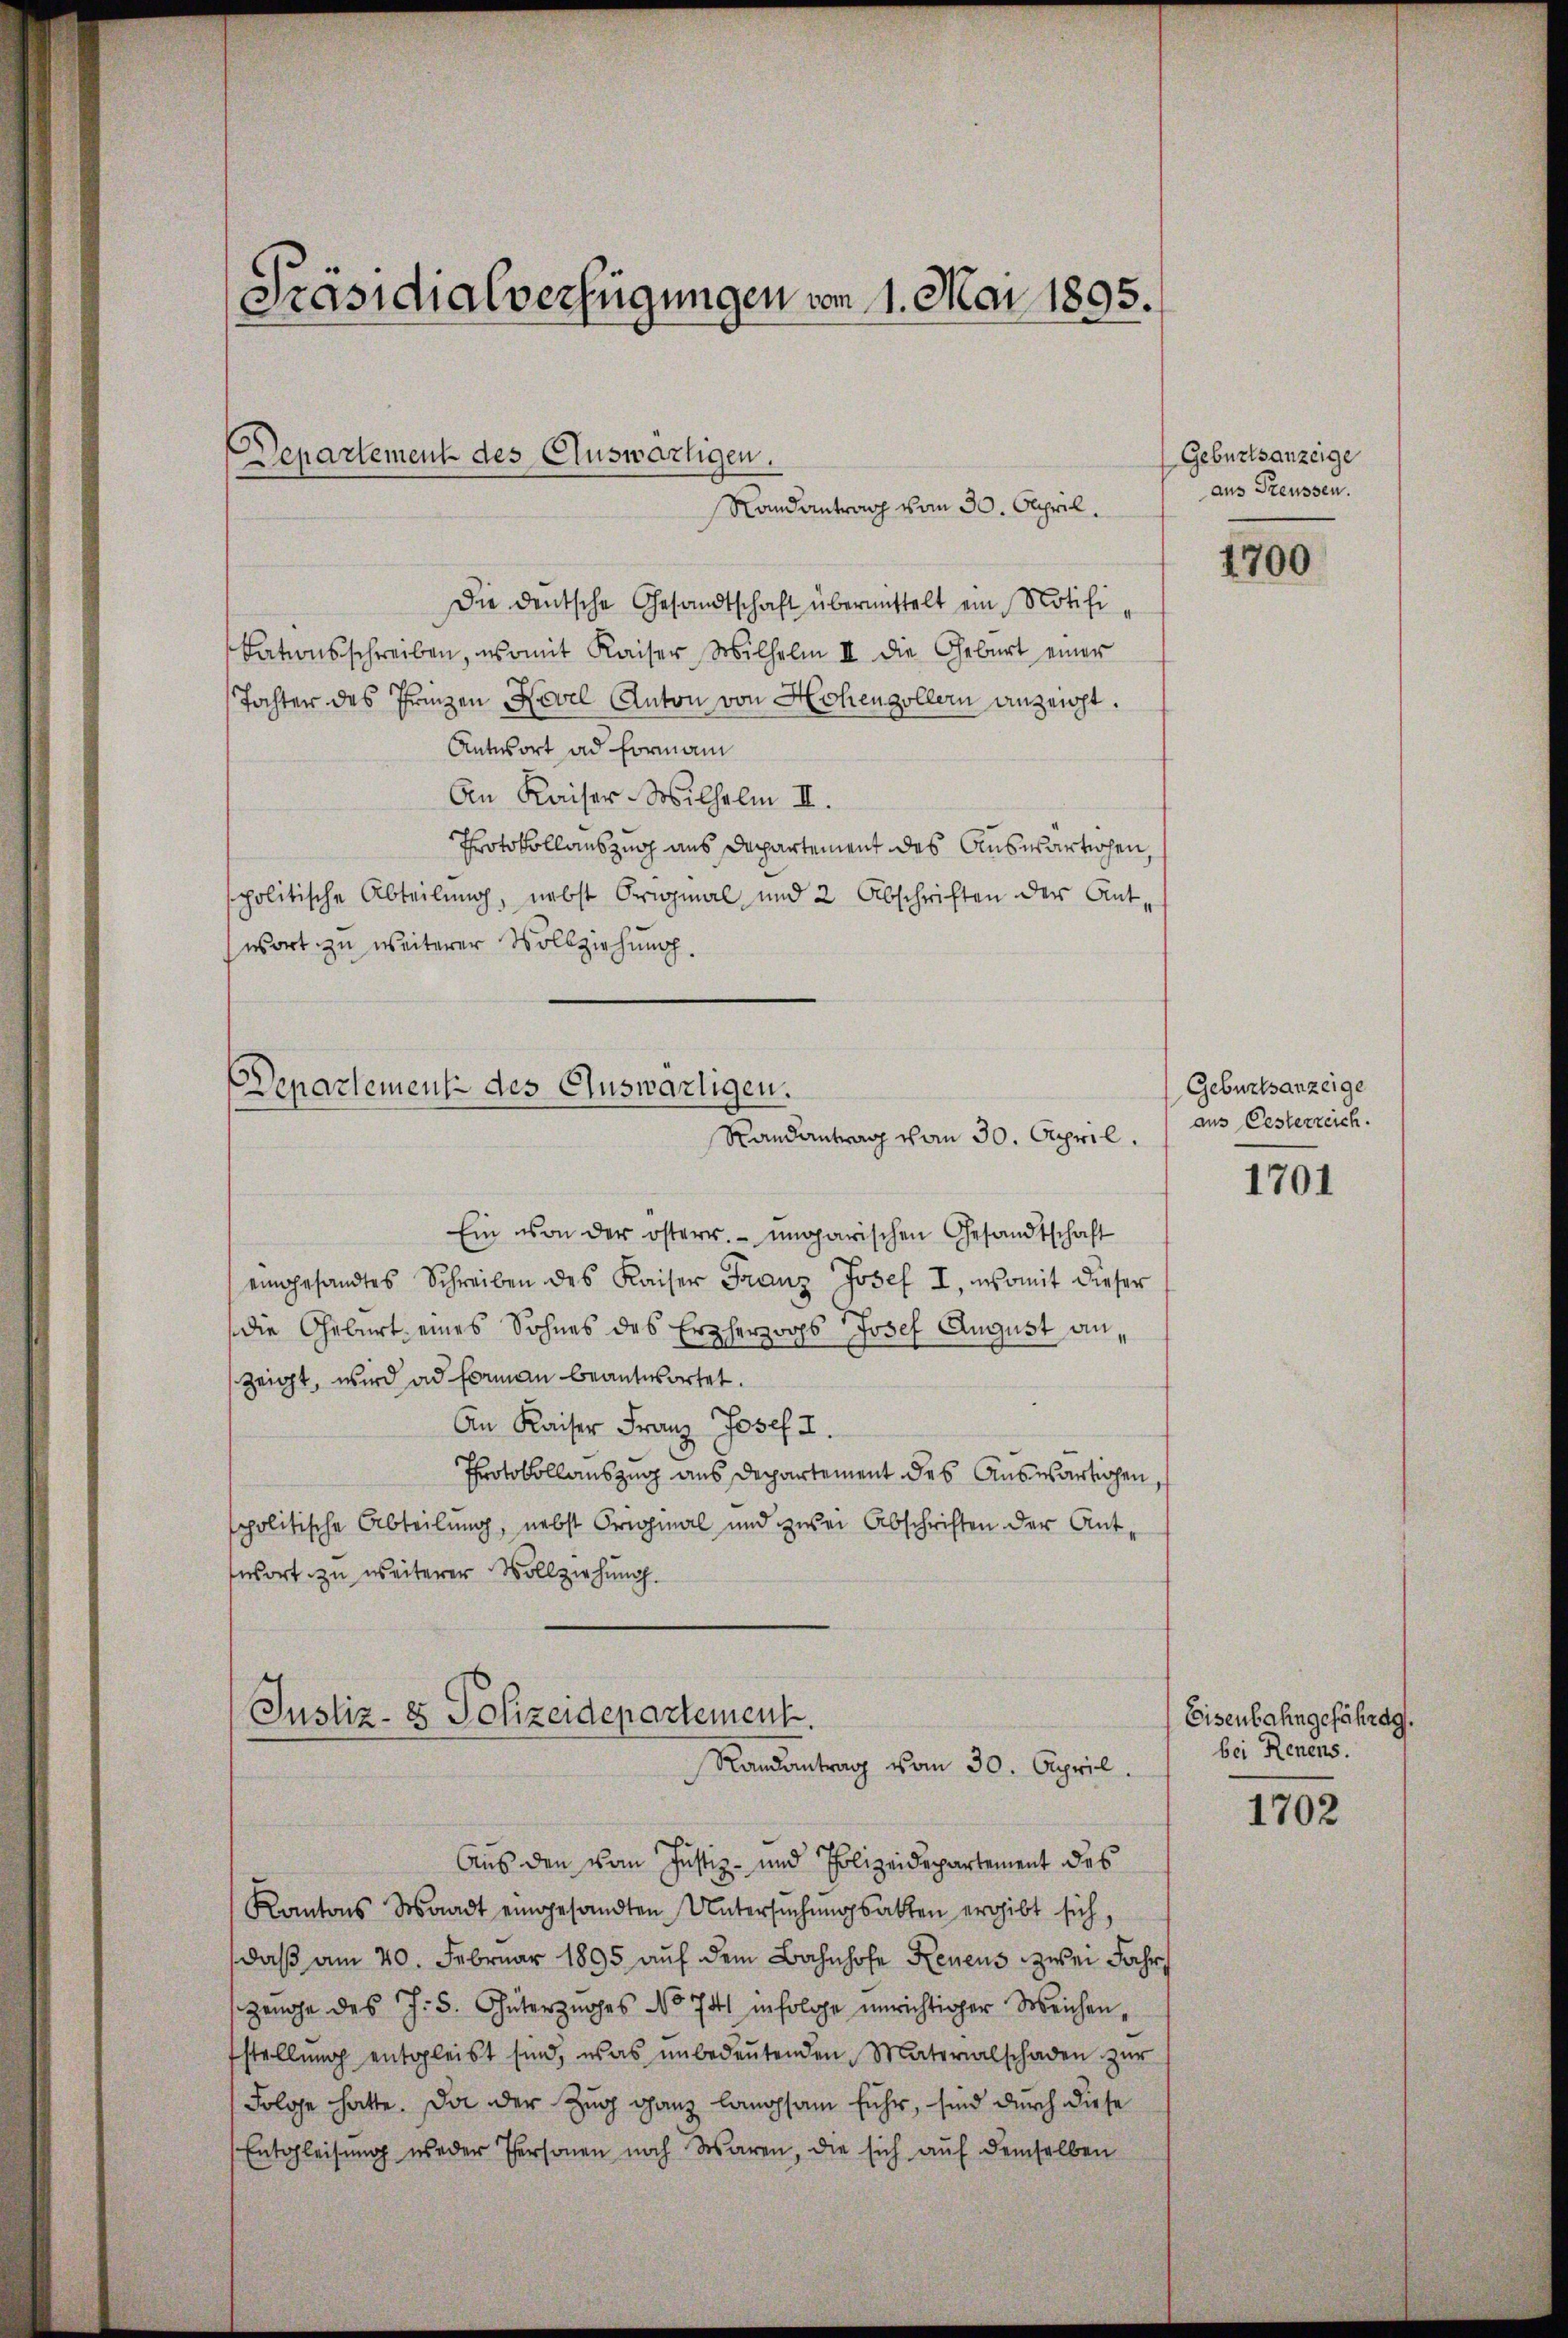
Präsidialverfügungen vom 1. Mai 1895.
Departement des Auswärtigen.
Randantrag vom 30. April.

Die deutsche Gesandtschaft übermittelt ein Notifidationsschreiben, womit Kaiser Wilhelm II. Die Geburt einer
Tochter des Prinzen Novel Anton von Hohenzollern anzeicht.
Antwort ad Formani
An Kaiser-Wilhelm II.
Protokollauszug aus Departement des Auswärtichen,
politische Abteilung, nebst Original und 2 Abschriften der Antwort zu weiterer Vollziehung.

Departement des Auswärtigen.
Randantrag von 30. April.

Ein von der österr. ungarischen Gesandtschaft
eingesandtes Schreiben des Kaiser Franz Josef I, womit dieser
die Geburt eines Sohnes des Erzherzogs Josef August an,
zeigt, wird ad Formann beantwortet.
An Kaiser Franz Josef I.
Protokollauszug aus Departement des Auswärtigen,
spolitische Abteilŭng, nebst Original und zwei Abschriften der Ant-
swort zu weiterer Vollziehung.

Justiz- & Polizeidepartement.
Randantrag vom 30. April.

Aus den vom Justiz- und Polizeidepartement des
Kantons Waadt eingesandten Untersuchungsakten ergibt sich,
daß am 20. Februar 1895 auf dem Bahnhofe Neuens zwei Jahr
zeuge des J. S. Güterzuges No 741 infolge unrichtiger Weichenfstellŭng entgleist sind, was ŭnbedeŭtenden Materialschaden zur
Folge hatte. Da der Zug ganz langsam fuhr, sind durch diese
Entgleisung weder Personen noch waren, die sich auf demselben

Geburtsanzeige
aus Freussen.

1700

Geburtsanzeige
aus Oesterreich.

1701

Eisenbahngefährag.
bei Renens.

1702